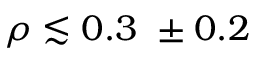
\rho \lesssim 0 . 3 \ \pm 0 . 2